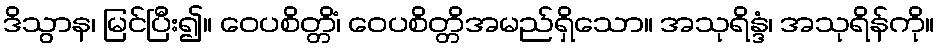
ဒိသွာန၊ မြင်ပြီး၍။ ဝေပစိတ္တိံ၊ ဝေပစိတ္တိအမည်ရှိသော။ အသုရိန္ဒံ၊ အသုရိန်ကို။